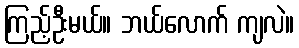
ကြည့်ဦးမယ်။ ဘယ်လောက် ကျလဲ။